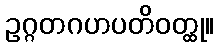
ဥဂ္ဂတဂဟပတိဝတ္ထု။